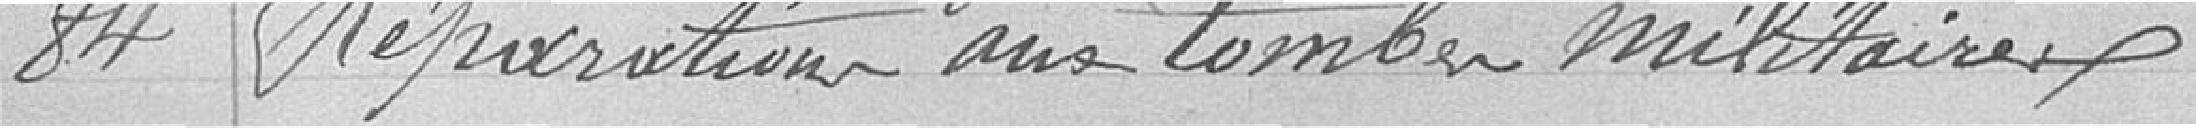
84 Préparation aux tombes miliaires